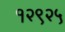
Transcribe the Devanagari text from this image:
१२९२५